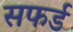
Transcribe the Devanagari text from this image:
सफर्ड